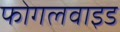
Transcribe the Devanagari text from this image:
फोगलवाइड